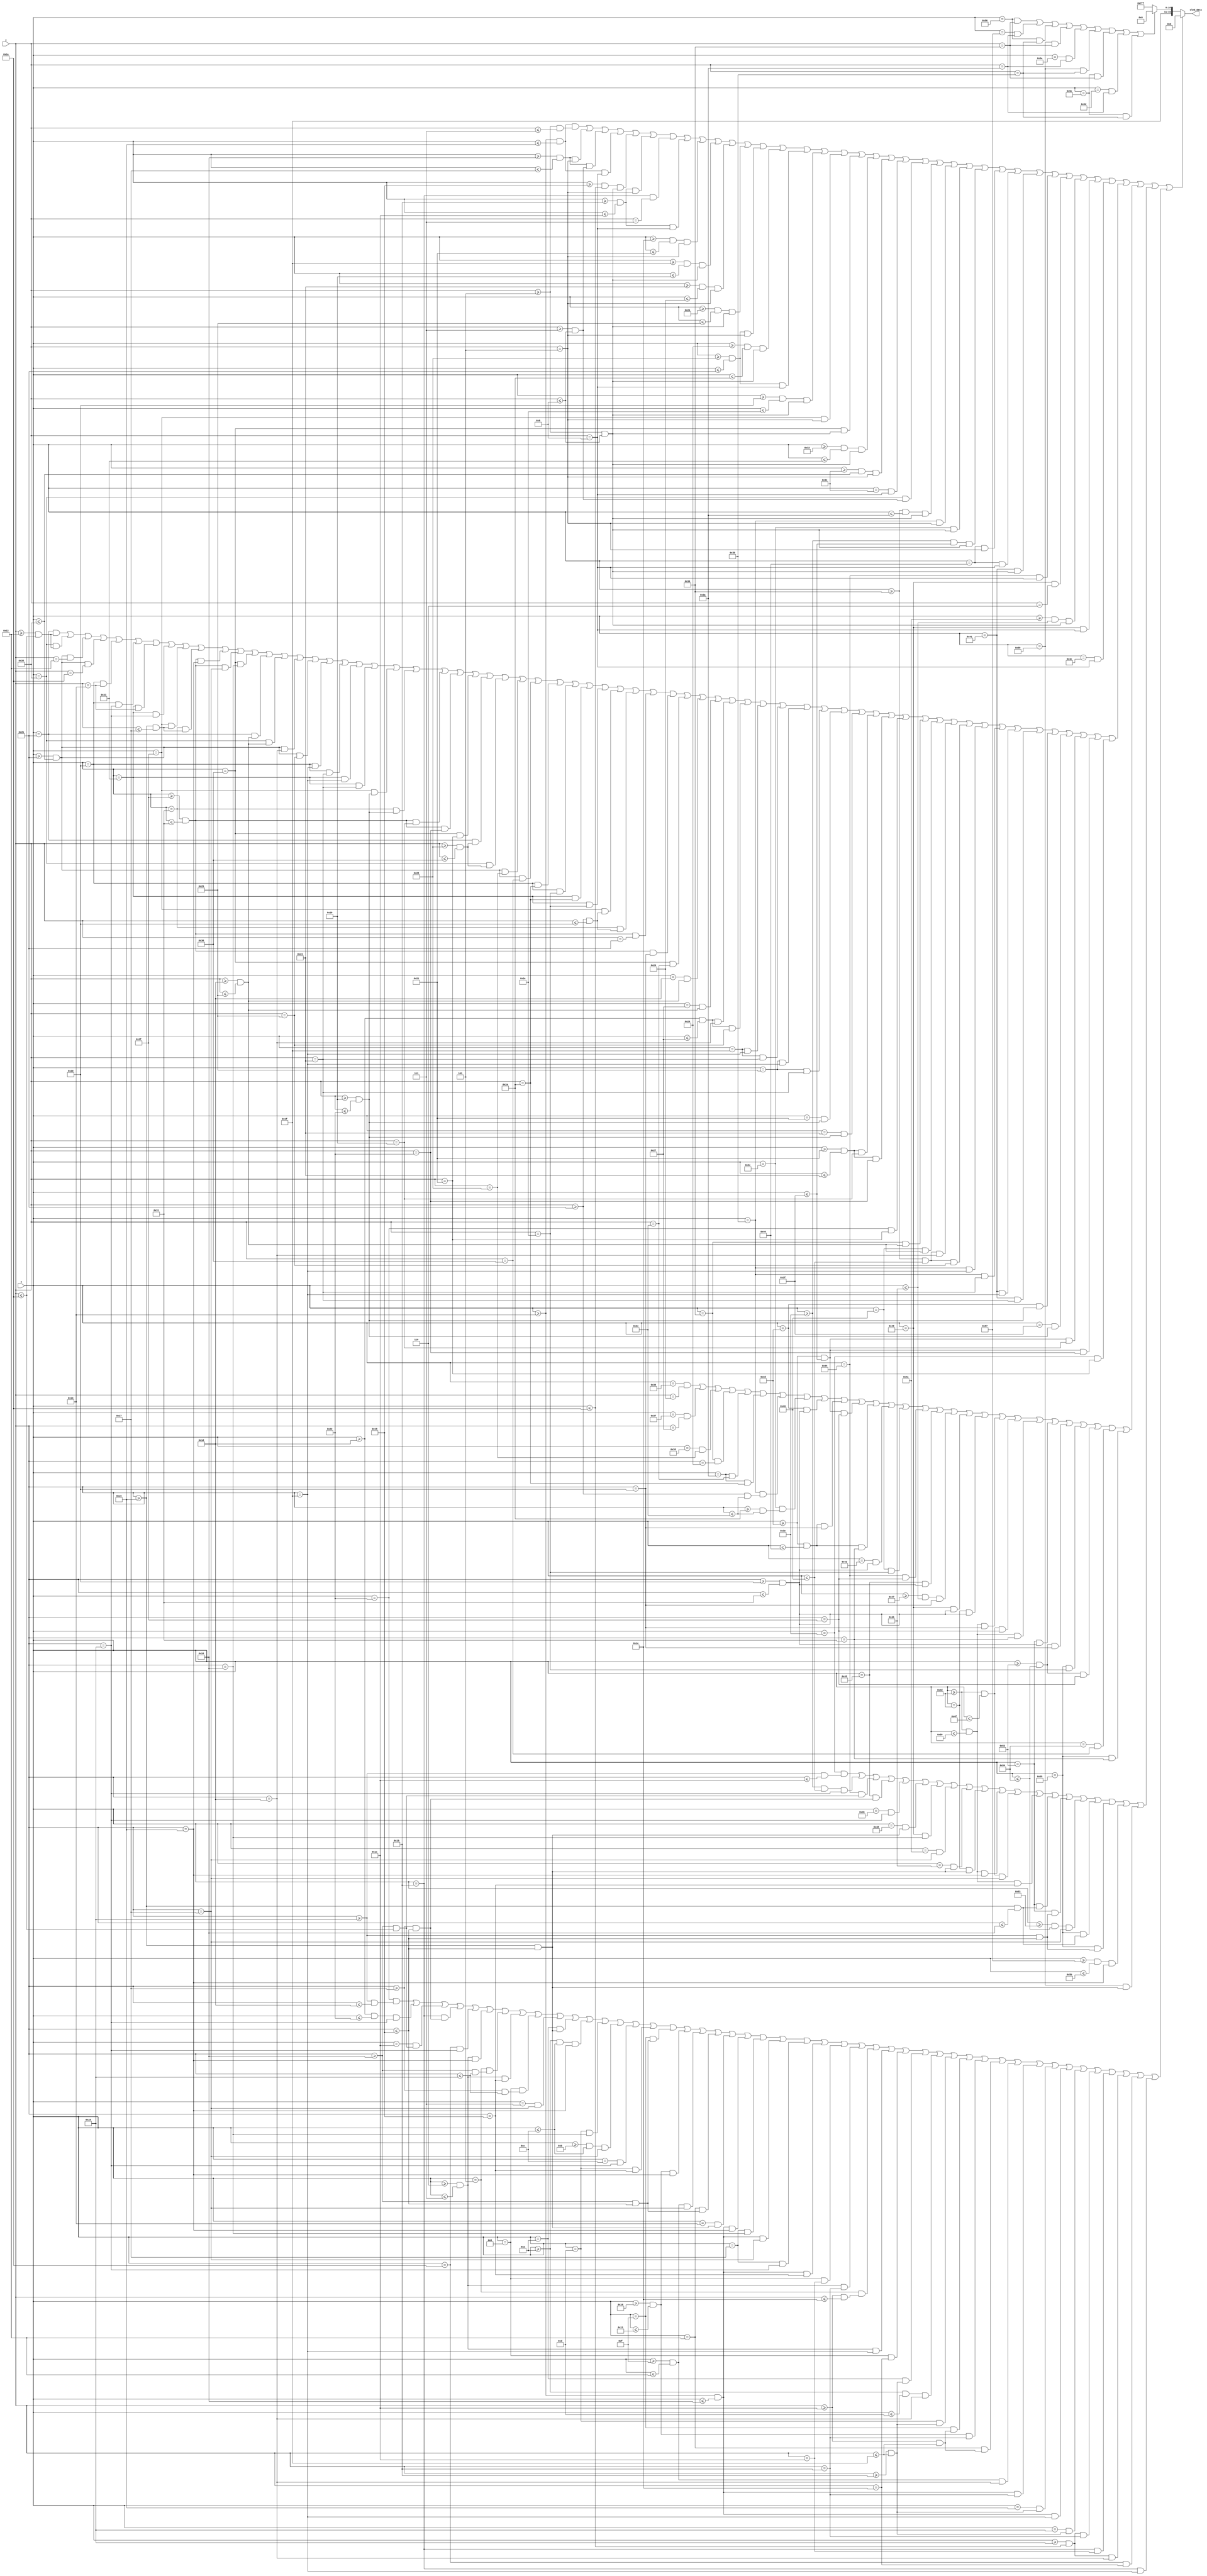
module Controls_1(
  input [6:0] x,
  input [5:0] y,
  output reg [15:0] oled_data
);

//Define constant as local parameter
//Colour display
localparam GREEN = 16'h07E0;
localparam ORANGE = 16'hFFE0; //Yellow
localparam RED = 16'hF800;
localparam BLACK = 16'h0000;
localparam PURPLE = 16'hF81F;
localparam YELLOW = 16'hFC00;    
localparam BLUE = 16'h001F;
localparam WHITE = 16'hFFFF;
localparam CYAN = 16'hF81F;
localparam MAGENTA = 16'hF81F;
localparam BROWN = 16'h8204;
localparam SKYBLUE = 16'h5FFF;

    //Display Game Control
    wire S1 = ((x >= 20 && x <= 21) && (y >= 5 && y <= 7)) || ((x >= 22 && x <= 23) && (y == 5)) || ((x >= 22 && x <= 23) && (y >= 7 && y <= 9)) || ((x >= 20 && x <= 21) && (y == 9)) ||
              ((x >= 25 && x <= 26) && (y >= 5 && y <= 9)) || ((x >= 27 && x <= 28) && (y == 5)) || ((x == 27) && (y == 7)) || ((x >= 27 && x <= 28) && (y == 9)) ||
              ((x >= 30 && x <= 33) && (y == 5)) || ((x >= 31 && x <= 32) && (y >= 5 && y <= 9)) ||
              ((x >= 35 && x <= 38) && (y == 5)) || ((x >= 36 && x <= 37) && (y >= 5 && y <= 9)) ||
              ((x >= 40 && x <= 43) && (y == 5)) || ((x >= 41 && x <= 42) && (y >= 5 && y <= 9)) || ((x >= 40 && x <= 43) && (y == 9)) ||
              ((x >= 45 && x <= 46) && (y >= 5 && y <= 9)) || ((x == 47) && (y == 5)) || ((x == 48) && (y >= 5 && y <= 9)) ||
              ((x >= 50 && x <= 51) && (y >= 5 && y <= 9)) || ((x >= 52 && x <= 53) && (y == 5)) || ((x == 52) && (y == 9)) || ((x == 53) && (y >= 7 && y <= 9)) ||
                         
              ((x >= 57 && x <= 58) && (y >= 5 && y <= 9)) || ((x == 59) && (y == 5)) || ((x == 60) && (y >= 5 && y <= 9)) ||
              ((x >= 62 && x <= 63) && (y >= 5 && y <= 9)) || ((x == 64) && (y == 5)) || ((x == 64) && (y == 9)) || ((x == 65) && (y >= 5 && y <= 9)) ||
                         
              ((x == 68) && (y == 9)) ||
                         
              ((x == 73) && (y == 6)) || ((x >= 74 && x <= 75) && (y >= 5 && y <= 9)) || ((x == 73) && (y == 9)) || ((x == 76) && (y == 9));

    
    // Display Controls
    wire xrange_3tier_ob = x >= 43 && x <= 53;
    wire xrange_3tier_ib = x >= 47 && x <= 49;
    wire xrange_mid_ib_L = x >= 33 && x <= 35;
    wire xrange_mid_ib_R = x >= 61 && x <= 63;
    wire yrange_top_ob = y >= 18 && y <= 26;
    wire yrange_top_ib = y >= 21 && y <= 23;
    wire yrange_mid_ob = y >= 29 && y <= 37;
    wire yrange_mid_ib = y >= 32 && y <= 34; 
    wire yrange_bottom_ob = y >= 40 && y <= 48;
    wire yrange_bottom_ib = y >= 43 && y <= 45;
    
    wire BUTTONS = ((x == 43) && (yrange_top_ob)) || ((x == 53) && (yrange_top_ob)) || ((xrange_3tier_ob) && (y == 18)) || ((xrange_3tier_ob) && (y == 26)) ||
                   ((x == 45) && (y == 20)) || ((x == 45) && (y == 24)) || ((x == 51) && (y == 20)) || ((x == 51) && (y == 24)) ||
                   ((x == 47) && (yrange_top_ib)) || ((x == 49) && (yrange_top_ib)) || ((xrange_3tier_ib) && (y == 21)) || ((xrange_3tier_ib) && (y == 23)) ||
                   ((x == 48) && (y == 22)) ||      
                   
                   ((x == 43) && (yrange_mid_ob)) || ((x == 53) && (yrange_mid_ob)) || ((xrange_3tier_ob) && (y == 29)) || ((xrange_3tier_ob) && (y == 37)) ||     
                   ((x == 45) && (y == 31)) || ((x == 45) && (y == 35)) || ((x == 51) && (y == 31)) || ((x == 51) && (y == 35)) ||
                   ((x == 47) && (yrange_mid_ib)) || ((x == 49) && (yrange_mid_ib)) || ((xrange_3tier_ib) && (y == 32)) || ((xrange_3tier_ib) && (y == 34)) ||
                   ((x == 48) && (y == 33)) ||
                    
                   ((x == 43) && (yrange_bottom_ob)) || ((x == 53) && (yrange_bottom_ob)) || ((xrange_3tier_ob) && (y == 40)) || ((xrange_3tier_ob) && (y == 48)) ||
                   ((x == 45) && (y == 42)) || ((x == 45) && (y == 46)) || ((x == 51) && (y == 42)) || ((x == 51) && (y == 46)) ||
                   ((x == 47) && (yrange_bottom_ib)) || ((x == 49) && (yrange_bottom_ib)) || ((xrange_3tier_ib) && (y == 43)) || ((xrange_3tier_ib) && (y == 45)) ||      
                   ((x == 48) && (y == 44)) ||
    
                   ((x == 29) && (yrange_mid_ob)) || ((x == 39) && (yrange_mid_ob)) || ((x >= 29 && x <= 39) && (y == 29)) || ((x >= 29 && x <= 39) && (y == 37)) ||     
                   ((x == 31) && (y == 31)) || ((x == 31) && (y == 35)) || ((x == 37) && (y == 31)) || ((x == 37) && (y == 35)) ||
                   ((x == 33) && (yrange_mid_ib)) || ((x == 35) && (yrange_mid_ib)) || ((xrange_mid_ib_L) && (y == 32)) || ((xrange_mid_ib_L) && (y == 34)) ||      
                   ((x == 34) && (y == 33)) ||
    
                   ((x == 57) && (yrange_mid_ob)) || ((x == 67) && (yrange_mid_ob)) || ((x >= 57 && x <= 67) && (y == 29)) || ((x >= 57 && x <= 67) && (y == 37)) ||
                   ((x == 59) && (y == 31)) || ((x == 59) && (y == 35)) || ((x == 65) && (y == 31)) || ((x == 65) && (y == 35)) ||
                   ((x == 61) && (yrange_mid_ib)) || ((x == 63) && (yrange_mid_ib)) || ((xrange_mid_ib_R) && (y == 32)) || ((xrange_mid_ib_R) && (y == 34)) ||
                   ((x == 62) && (y == 33));      
    
    //Display functions
    wire ENTER = ((x == 54) && (y == 38)) || ((x == 55) && (y == 39)) || ((x == 56) && (y == 40)) || ((x == 57) && (y == 41)) || ((x == 58) && (y == 44)) || ((x == 58) && (y == 42)) || 
                 ((x == 59) && (y >= 43 && y <= 44)) || ((x == 60) && (y >= 42 && y <= 44)) ||
    
                 ((x == 61) && (y >= 45 && y <= 49)) || ((x >= 61 && x <= 64) && (y == 45)) || ((x >= 61 && x <= 63) && (y == 47)) || ((x >= 61 && x <= 64) && (y == 49)) ||
                 ((x == 66) && (y >= 45 && y <= 49)) || ((x == 67) && (y == 46)) || ((x == 68) && (y == 47)) || ((x == 69) && (y >= 45 && y <= 49)) ||
                 ((x >= 71 && x <= 75) && (y == 45)) || ((x == 73) && (y >= 45 && y <= 49)) ||
                 ((x == 77) && (y >= 45 && y <= 49)) || ((x >= 77 && x <= 80) && (y == 45)) || ((x >= 77 && x <= 79) && (y == 47)) || ((x >= 77 && x <= 80) && (y == 49)) ||
                 ((x == 82) && (y >= 45 && y <= 49)) || ((x >= 82 && x <= 84) && (y == 45)) || ((x == 85) && (y == 46)) || ((x >= 82 && x <= 84) && (y == 47)) || ((x == 84) && (y == 48)) || ((x == 85) && (y == 49));
    
    wire NEXT = ((x == 62) && (y >= 24 && y <= 28)) || ((x >= 62 && x <= 67) && (y == 24)) || ((x == 68) && (y >= 22 && y <= 26)) || ((x == 69) && (y >= 23 && y <= 25)) || ((x == 70) && (y == 24)) ||
    
                ((x == 72) && (y >= 21 && y <= 25)) || ((x == 73) && (y == 22)) || ((x == 74) && (y == 23)) || ((x == 75) && (y >= 21 && y <= 25)) || 
                ((x == 77) && (y >= 21 && y <= 25)) || ((x >= 77 && x <= 80) && (y == 21)) || ((x >= 77 && x <= 79) && (y == 23)) || ((x >= 77 && x <= 80) && (y == 25)) ||
                ((x == 82) && (y >= 21 && y <= 22)) || ((x == 82) && (y >= 24 && y <= 25)) || ((x >= 83 && x <= 84) && (y == 23)) || ((x == 85) && (y >= 21 && y <= 22)) || ((x == 85) && (y >= 24 && y <= 25)) ||
                ((x >= 87 && x <= 91) && (y == 21)) || ((x == 89) && (y >= 21 && y <= 25));
    
    
    wire GRAB_CHAIR = ((x == 34) && (y >= 24 && y <= 29)) || ((x >= 29 && x <= 34) && (y == 24)) || ((x == 28) && (y >= 22 && y <= 26)) || ((x == 27) && (y >= 23 && y <= 25)) || ((x == 26) && (y == 24)) ||
    
                      ((x >= 6 && x <= 7) && (y == 21)) || ((x == 5) && (y >= 22 && y <= 24)) || ((x >= 6 && x <= 7) && (y == 25)) || ((x == 8) && (y >= 23 && y <= 24)) || ((x == 7) && (y == 23)) ||
                      ((x == 10) && (y >= 21 && y <= 25)) || ((x >= 10 && x <= 12) && (y == 21)) || ((x == 13) && (y == 22)) || ((x >= 11 && x <= 12) && (y == 23)) || ((x == 12) && (y == 24)) || ((x == 13) && (y == 25)) ||
                      ((x == 15) && (y >= 22 && y <= 25)) || ((x >= 16 && x <= 17) && (y == 21)) || ((x >= 15 && x <= 18) && (y == 23)) || ((x == 18) && (y >= 22 && y <= 25)) ||
                      ((x == 20) && (y >= 21 && y <= 25)) || ((x >= 20 && x <= 22) && (y == 21)) || ((x == 23) && (y == 22)) || ((x >= 20 && x <= 22) && (y == 23)) || ((x == 23) && (y == 24)) || ((x >= 20 && x <= 22) && (y == 25)) ||  
    
                      ((x == 8) && (y == 28)) || ((x >= 6 && x <= 7) && (y == 27)) || ((x == 5) && (y >= 28 && y <= 30)) || ((x >= 6 && x <= 7) && (y == 31)) || ((x == 8) && (y == 30)) ||
                      ((x == 10) && (y >= 27 && y <= 31)) || ((x >= 10 && x <= 13) && (y == 29)) || ((x == 13) && (y >= 27 && y <= 31)) ||
                      ((x == 15) && (y >= 28 && y <= 31)) || ((x >= 16 && x <= 17) && (y == 27)) || ((x == 18) && (y >= 28 && y <= 31)) || ((x >= 15 && x <= 18) && (y == 29)) ||
                      ((x >= 20 && x <= 22) && (y == 27)) || ((x == 21) && (y >= 27 && y <= 31)) || ((x >= 20 && x <= 22) && (y == 31)) ||
                      ((x == 24) && (y >= 27 && y <= 31)) || ((x >= 24 && x <= 26) && (y == 27)) || ((x == 27) && (y == 28)) || ((x >= 24 && x <= 26) && (y == 29)) || ((x == 26) && (y == 30)) || ((x == 27) && (y == 31));

    //Display >>>
    wire arrow2 = ((x == 86) && (y == 57)) || ((x == 87) && (y == 58)) || ((x == 86) && (y == 59)) ||
                  ((x == 89) && (y == 57)) || ((x == 90) && (y == 58)) || ((x == 89) && (y == 59)) ||
                  ((x == 92) && (y == 57)) || ((x == 93) && (y == 58)) || ((x == 92) && (y == 59));   

    always @ (*) begin
    oled_data = WHITE;
        if (S1 || BUTTONS || ENTER || NEXT || GRAB_CHAIR) begin
            oled_data = BLACK;
        end
        else if (arrow2) begin
            oled_data = RED;
        end
    end 
endmodule